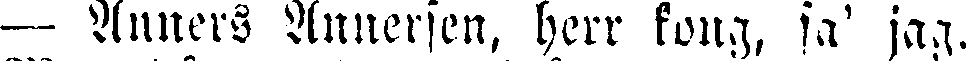
— Armers Annersen, herr kong, sa' jag.